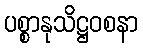
ပစ္စာနုသိဋ္ဌဝစနာ